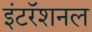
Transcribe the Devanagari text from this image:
इंटरॅशनल